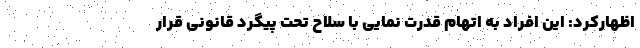
اظهارکرد: این افراد به اتهام قدرت نمایی با سلاح تحت پیگرد قانونی قرار